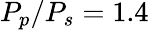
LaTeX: P_{p}/P_{s}=1.4